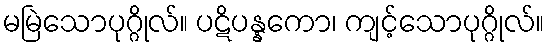
မမြဲသောပုဂ္ဂိုလ်။ ပဋိပန္နကော၊ ကျင့်သောပုဂ္ဂိုလ်။